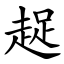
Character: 趗